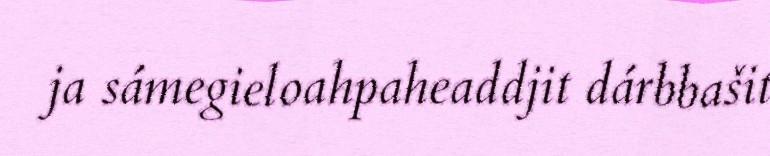
ja sámegieloahpaheaddjit dárbbašit